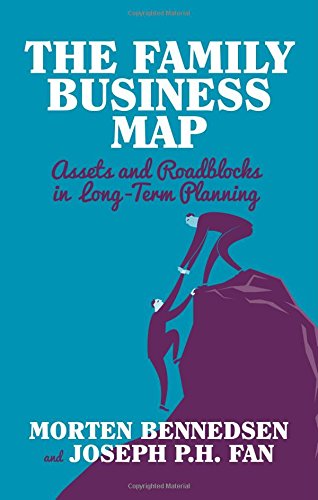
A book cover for The Family Business Map: Assets and Roadblocks in Long Term Planning (INSEAD Business Press); Morten Bennedsen; Business & Money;